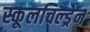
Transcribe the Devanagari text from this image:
स्कूलचिल्ड्रेन